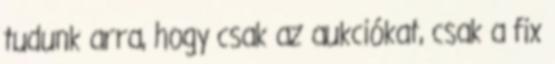
tudunk arra, hogy csak az aukciókat, csak a fix